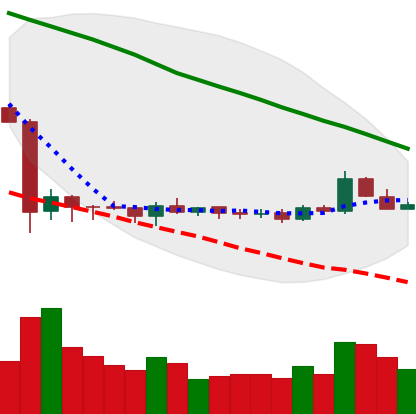
Ticker: ETC-USD
Chart end date: 2019-10-12
Forward return: -4.509%
Label: down_3_5